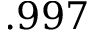
. 9 9 7